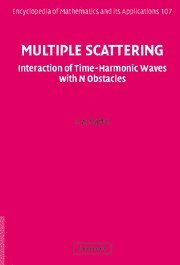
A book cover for Multiple Scattering: Interaction of Time-Harmonic Waves with N Obstacles (Encyclopedia of Mathematics and its Applications); P. A. Martin; Science & Math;